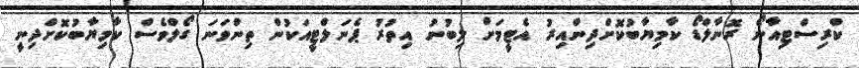
ކްރިސްޓިއާނޯ ރޮނާލްޑޯ ކާމިޔާބުކޮށްދިންއިރު އެޓީމަށް ލިބުނު އިތުރު ޕެނަލްޓީއަކުން ތިންވަނަ ގޯލްވެސް ކާމިޔާބުކޮށްދިނީ